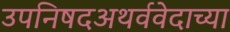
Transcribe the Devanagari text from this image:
उपनिषदअथर्ववेदाच्या